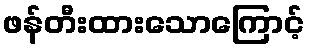
ဖန်တီးထားသောကြောင့်